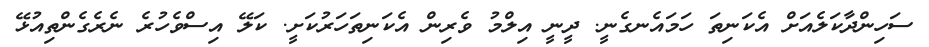
ސަހިންދާކަލެއަށް އެކަނިތަ ހަމައެނގެނީ. ދީނީ އިލްމު ވެރިން އެކަނިތަހަރުކަށީ. ކަލޭ އިސްވެހުރެ ނެރެގެންތިއުޅޭ